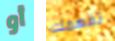
أو تفهمك